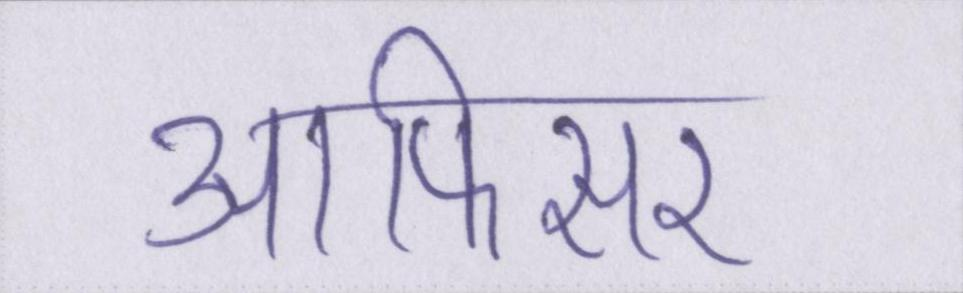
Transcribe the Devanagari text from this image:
आफिसर